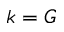
k = G